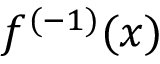
f ^ { ( - 1 ) } ( x )